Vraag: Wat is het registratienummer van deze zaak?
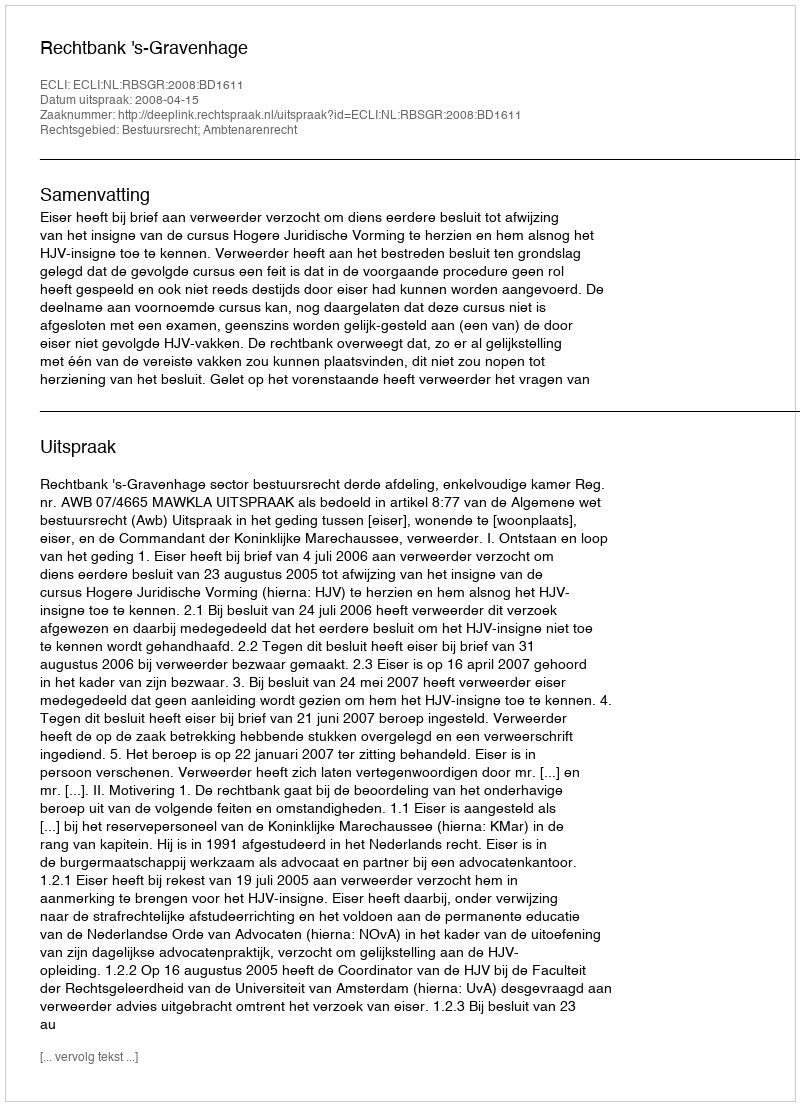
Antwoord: http://deeplink.rechtspraak.nl/uitspraak?id=ECLI:NL:RBSGR:2008:BD1611